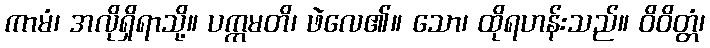
ကာမံ၊ အလိုရှိရာသို့။ ပက္ကမတိ၊ ဖဲလေ၏။ သော၊ ထိုရဟန်းသည်။ ဝိဝိတ္တံ၊